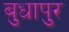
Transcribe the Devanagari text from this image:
बुधापुर